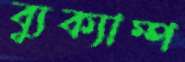
ব্যুক্যাম্প